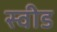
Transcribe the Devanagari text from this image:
स्वीड